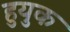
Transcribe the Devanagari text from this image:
हुयुक